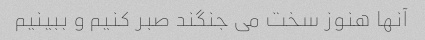
آنها هنوز سخت می جنگند صبر کنیم و ببینیم